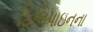
ફિલિપાઇનના